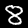
Digit: 8